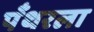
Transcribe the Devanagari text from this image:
पँथरला